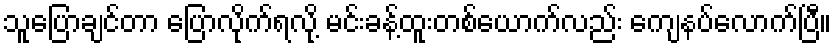
သူပြောချင်တာ ပြောလိုက်ရလို့ မင်းခန့်ထူးတစ်ယောက်လည်း ကျေနပ်လောက်ပြီ။